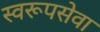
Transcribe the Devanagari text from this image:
स्वरूपसेवा